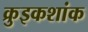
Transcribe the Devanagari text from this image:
क्रुइकशांक